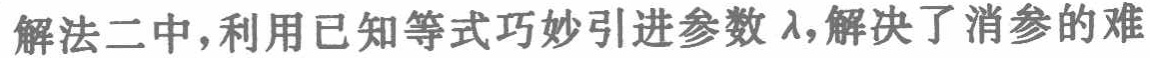
解法二中，利用已知等式巧妙引进参数\(\lambda\)，解决了消参的难